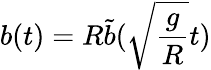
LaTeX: b(t)=R\tilde{b}(\sqrt{\frac{g}{R}}t)